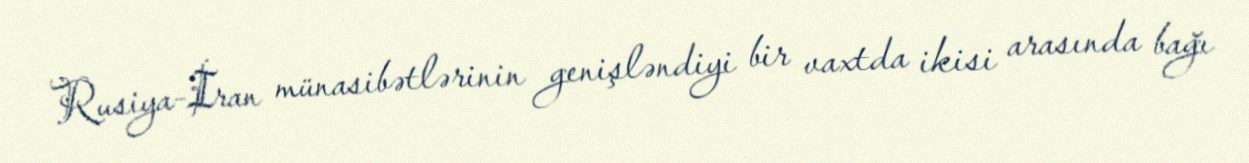
Rusiya-İran münasibətlərinin genişləndiyi bir vaxtda ikisi arasında bağı